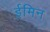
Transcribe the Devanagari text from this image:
ईमिन